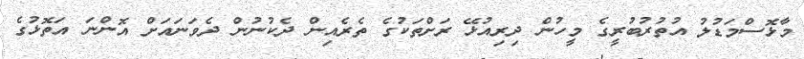
މާޅޮސްމަޑުލު އުތުރުބުރީގެ މީހުން ދިރިއުޅޭ ރަށްތަކުގެ ތެރެއިން ދެކުނުން ދެވަނައަށް އޮންނަ އަތޮޅުގެ